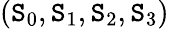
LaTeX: (\mathtt{S}_{0},\mathtt{S}_{1},\mathtt{S}_{2},\mathtt{S}_{3})